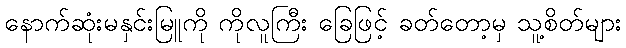
နောက်ဆုံးမနှင်းမြူကို ကိုလူကြီး ခြေဖြင့် ခတ်တော့မှ သူ့စိတ်များ